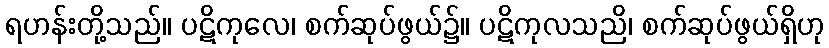
ရဟန်းတို့သည်။ ပဋိကုလေ၊ စက်ဆုပ်ဖွယ်၌။ ပဋိကုလသညိ၊ စက်ဆုပ်ဖွယ်ရှိဟု